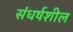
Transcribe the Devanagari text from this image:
संधर्षशील